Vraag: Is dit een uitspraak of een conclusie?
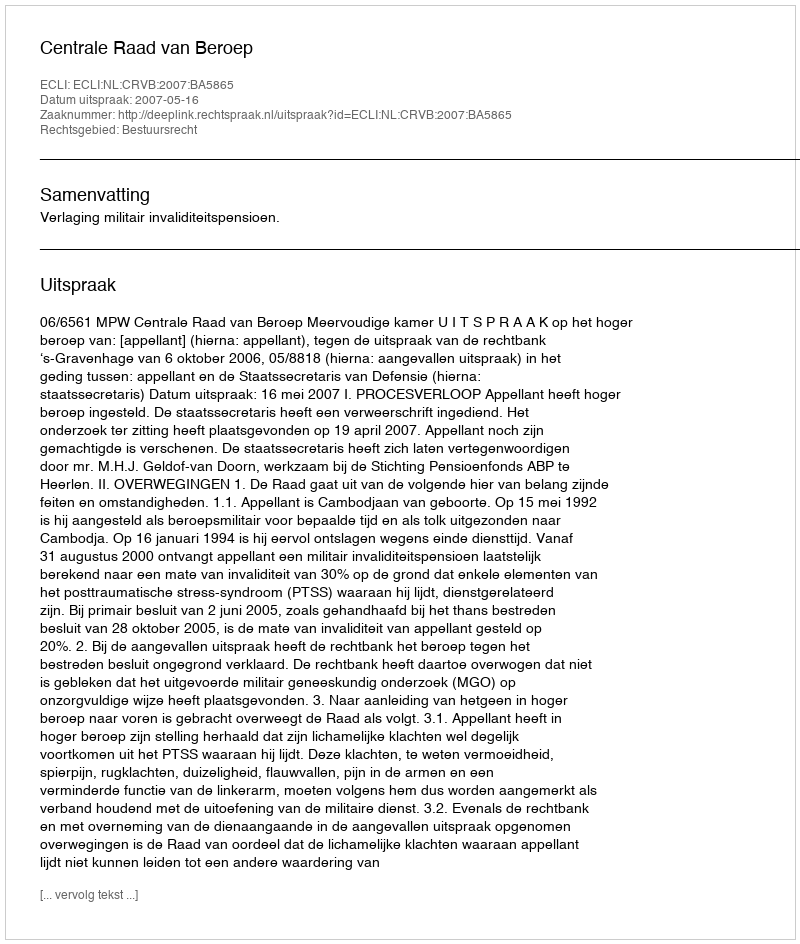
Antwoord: Uitspraak